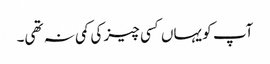
آپ کو یہاں کسی چیز کی کمی نہ تھی۔